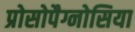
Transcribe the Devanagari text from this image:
प्रोसोपैग्नोसिया